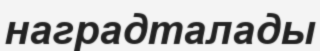
наградталады